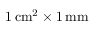
1 \, \mathrm { c m } ^ { 2 } \times 1 \, \mathrm { m m }